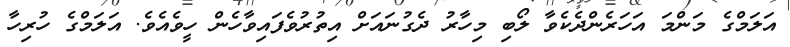
އަލަމްގެ މަންމަ އަހަރެންދެކެވާ ލޯބި މިހާރު ދެގުނައަށް އިތުރުވެފައިވާހެން ހީވެއެވެ. އަލަމްގެ ހުރިހާ